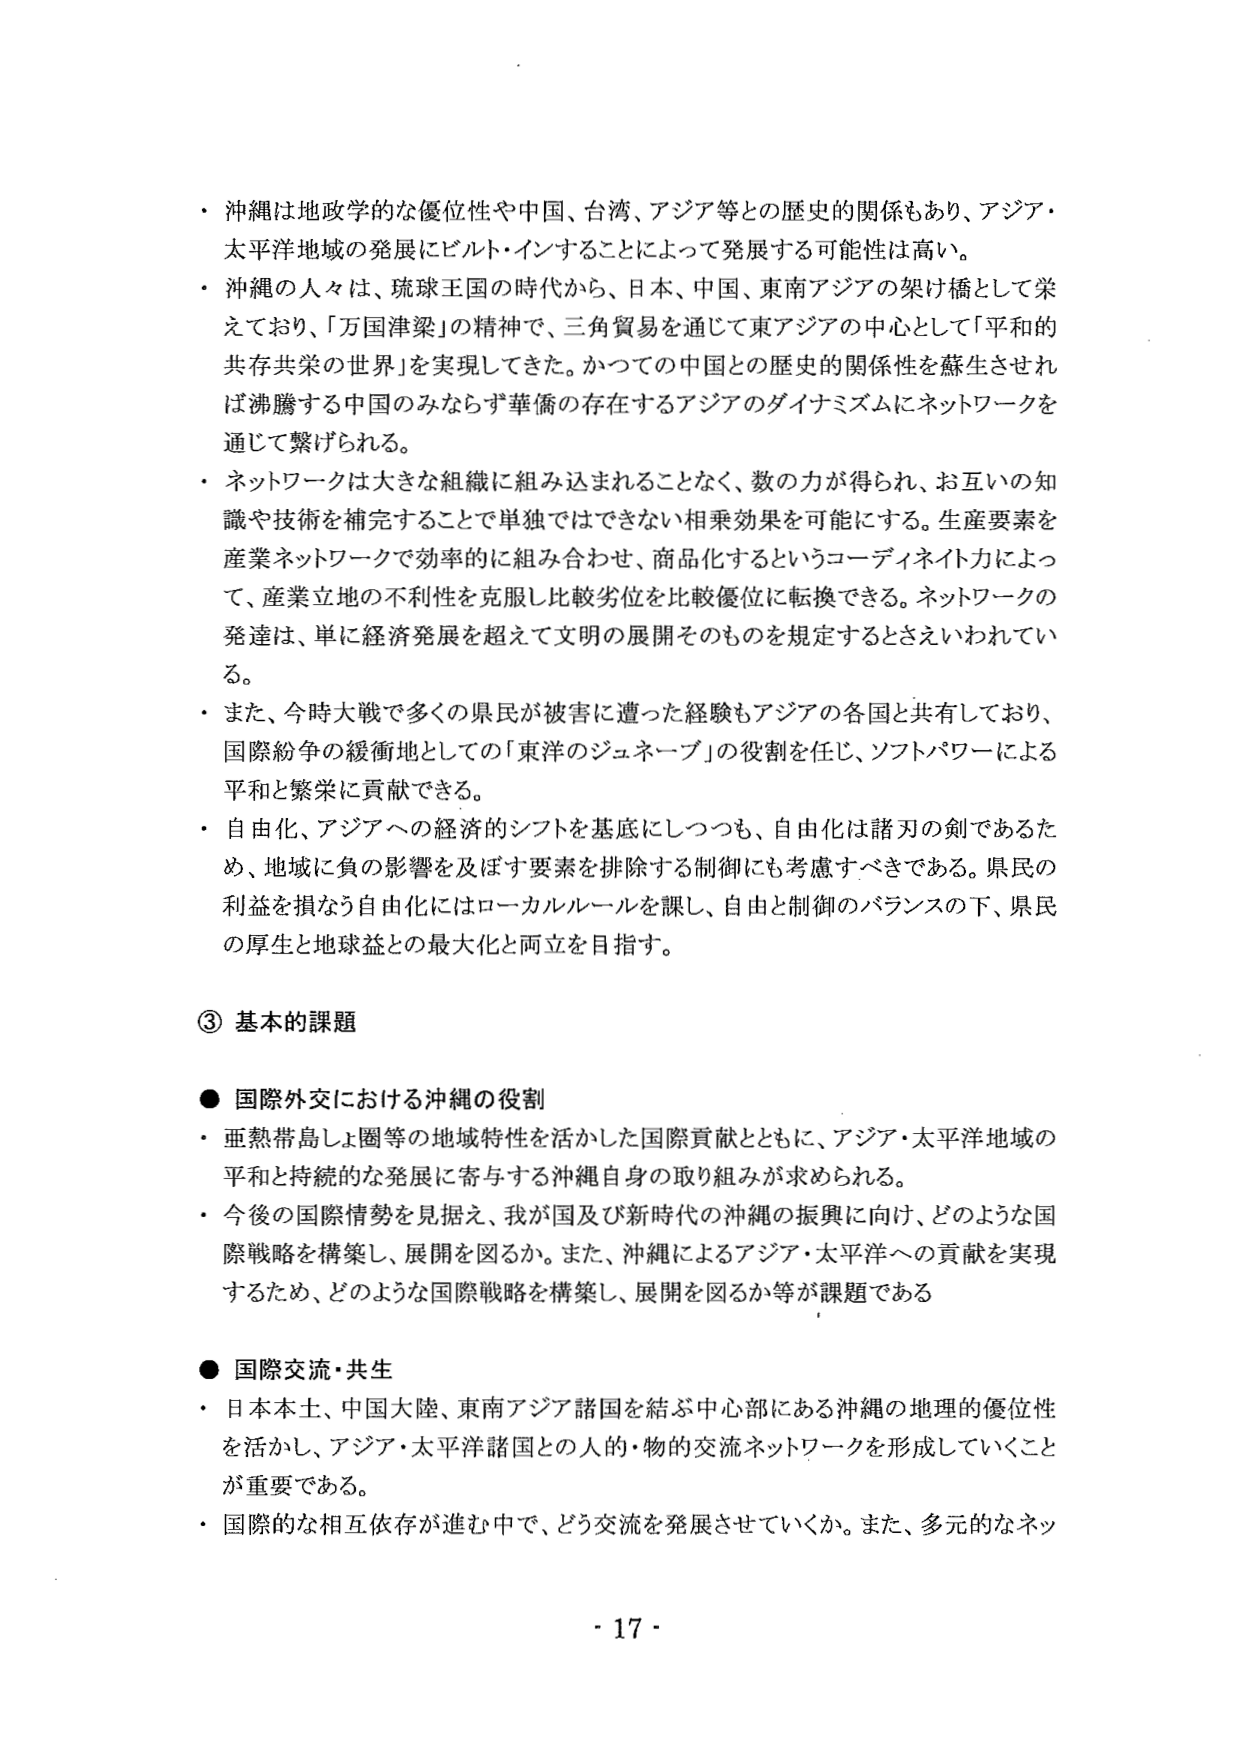
・沖縄は地政学的な優位性や中国、台湾、アジア等との歴史的関係もあり、アジア・太平洋地域の発展にビルト・インすることによって発展する可能性は高い。

・沖縄の人々は、琉球王国の時代から、日本、中国、東南アジアの架け橋として栄えており、「万国津梁」の精神で、三角貿易を通じて東アジアの中心として「平和的共存共栄の世界」を実現してきた。かつての中国との歴史的関係性を蘇生させれば沸騰する中国のみならず華僑の存在するアジアのダイナミズムにネットワークを通じて繋げられる。

・ネットワークは大きな組織に組み込まれることなく、数の力が得られ、お互いの知識や技術を補完することで単独ではできない相乗効果を可能にする。生産要素を産業ネットワークで効率的に組み合わせ、商品化するというコーディネイト力によって、産業立地の不利性を克服し比較劣位を比較優位に転換できる。ネットワークの発達は、単に経済発展を超えて文明の展開そのものを規定するともいわれている。

・また、今時大戦で多くの県民が被害に遭った経験もアジアの各国と共有しており、国際紛争の緩衝地としての「東洋のジュネーブ」の役割を任じ、ソフトパワーによる平和と繁栄に貢献できる。

・自由化、アジアへの経済的シフトを基底にしつつも、自由化は諸刃の剣であるため、地域に負の影響を及ぼす要素を排除する制御にも考慮すべきである。県民の利益を損なう自由化にはローカルルールを課し、自由と制御のバランスの下、県民の厚生と地球益との最大化と両立を目指す。

③ 基本的課題

● 国際外交における沖縄の役割

・亜熱帯島しょ圏等の地域特性を活かした国際貢献とともに、アジア・太平洋地域の平和と持続的な発展に寄与する沖縄自身の取り組みが求められる。

・今後の国際情勢を見据え、我が国及び新時代の沖縄の振興に向け、どのような国際戦略を構築し、展開を図るか。また、沖縄によるアジア・太平洋への貢献を実現するため、どのような国際戦略を構築し、展開を図るか等が課題である

● 国際交流・共生

・日本本土、中国大陸、東南アジア諸国を結ぶ中心部にある沖縄の地理的優位性を活かし、アジア・太平洋諸国との人的・物的交流ネットワークを形成していくことが重要である。

・国際的な相互依存が進む中で、どう交流を発展させていくか。また、多元的なネッ

- 17 -